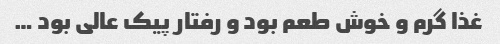
غذا گرم و خوش طعم بود و رفتار پیک عالی بود …